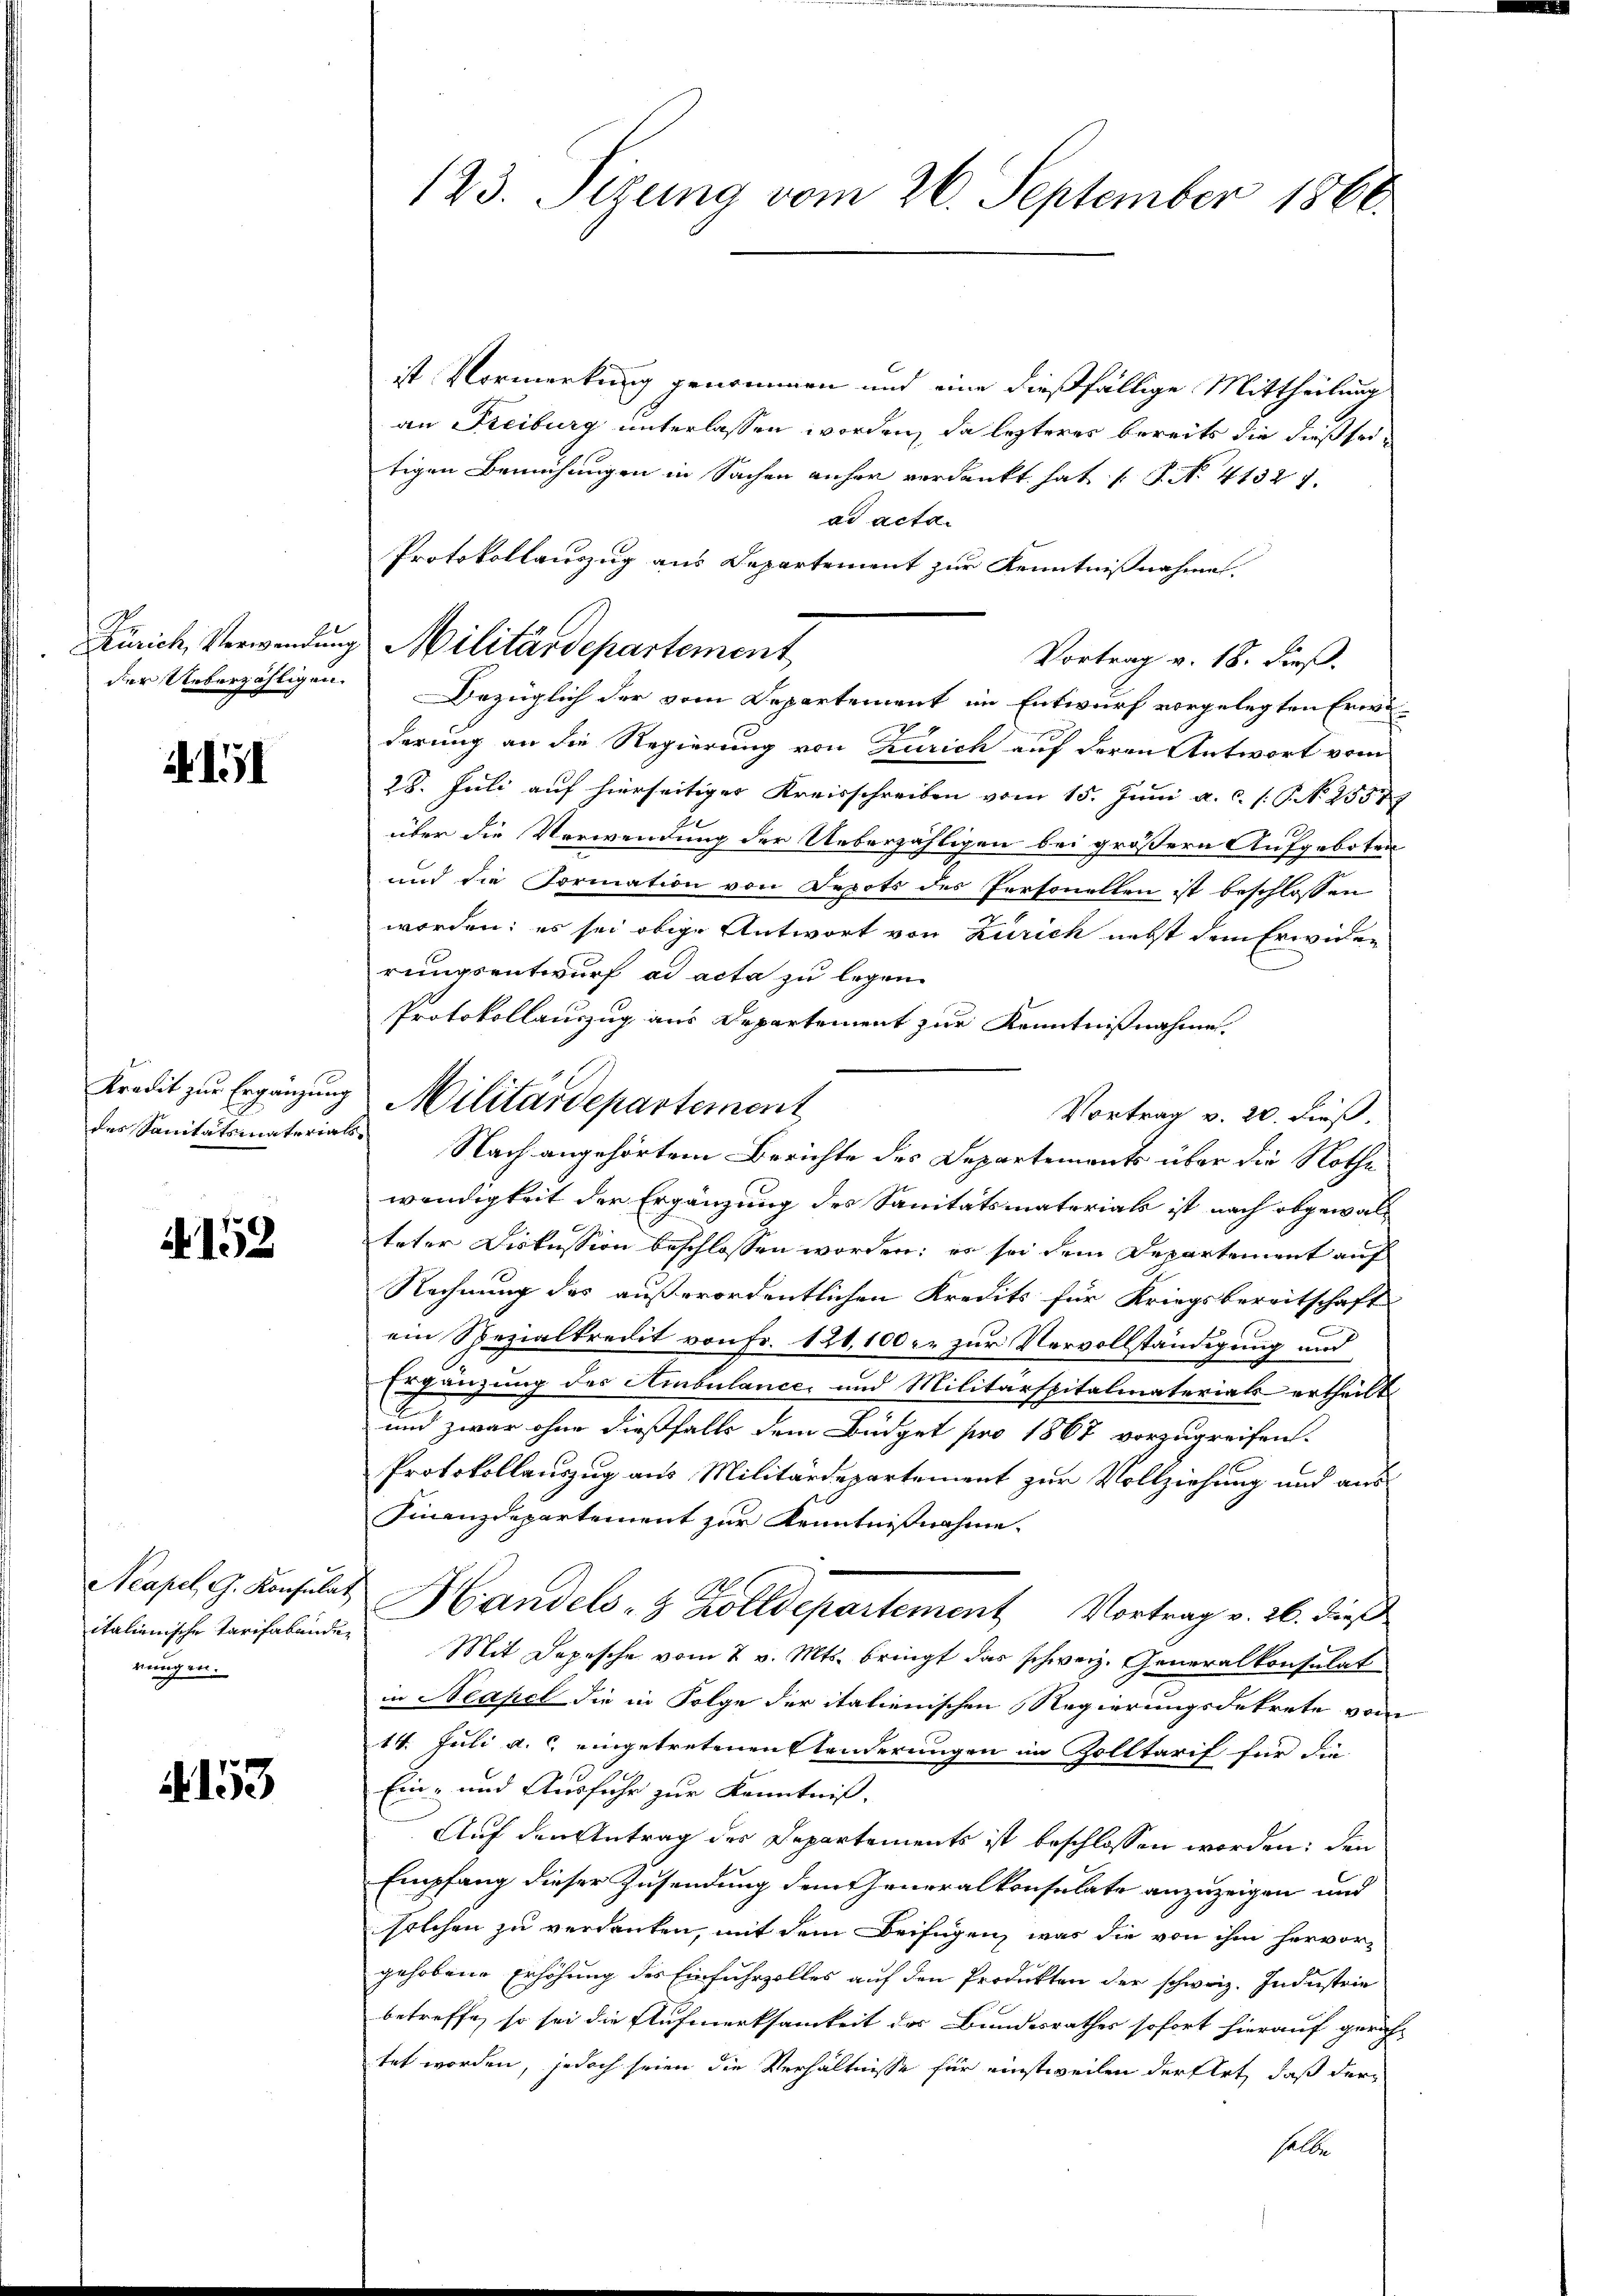
Zürich, Verwendung
der Ueberzähligen.

All

Kredit zur Ergänzung
des Sanitätsmaterials

A 152

Neapel, G. Konsulat
italienische Tarifabänden
rungen.

d. 153

123. Sizung vom 26. September 1866.

ist Vermerkung genommen und eine dießfällige Mittheilung
an Freiburg unterlassen worden, da lezteres bereits die dießseitigen Bemühungen in Sachen anher verdankt hat s. S. 41321.
ad acta.
Protokollauszug aus Departement zur Kenntnißnahme.
Vortrag v. 18. dieß.
Bezüglich der vom Departement im Entwurf vorgelegten Erwäderung an die Regierung von Zürich auf deren Antwort vom
28. Juli auf hierseitiger Kreisschreiben vom 15. Juni a. c. s. S. N. 25587
über die Verwendung der Ueberzähligen bei größern Aufgeboten
und die Formation von Depots des Personellen ist beschlossen
worden; es sei obige Antwort von Zürich nebst dem Erwider
rungsentwurf ad acta zu legen.
Protokollauszug aus Departement zur Kenntnißnahme.
wendigkeit der Ergänzung des Sanitätsmaterials ist nach abgewalteter Diskussion beschlossen worden; es sei dem Departement auf
Rechnung des außerordentlichen Kredits für Kriegsbereitschaft
ein Spezialkredit von Fr. 121,100. zur Vervollständigung und
Ergänzung des Ambulance und Militärspitalmaterials ertheilt.
und zwar ohne dießfalls dem Büdget pro 1867 vorzugreifen.
Protokollauszug aus Militärdepartement zur Vollziehung und aus¬
Finanzdepartement zur Kenntnißnahme.
e
A
Handels- & Zolldepartement Vortrag v. 26. dies
Mit Depesche vom 7 v. Mts. bringt das schweiz. Generalkonsulat
in Neapel die in Folge der italienischen Regierungsdekrete vom
14. Juli a. c. eingetretenen Standerungen im Zolltarif für die
Ein- und Ausfuhr zur Kenntniß.
Auf den Antrag des Departements ist beschlossen worden; den
Empfang dieser Zusendung dem Generalkonsulate anzuzeigen und
solchen zu verdanken, mit dem Beifügen, was die von ihm hervorgehobene Erhöhung des Einfuhrzolles auf den Produkten der schweiz. Industrie
betreffe, so sei die Aufmerksamkeit des Bundesrathes sofort hierauf gericht
tet worden, jedoch seien die Verhältnisse für einstweilen der Art, daß der
halbe

Militärdepartement

Militärdepartement

Vortrag v. 20. dieß.
Nach angehörtem Berichte des Departements über die Rothe